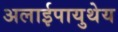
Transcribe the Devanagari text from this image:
अलाईपायुथेय